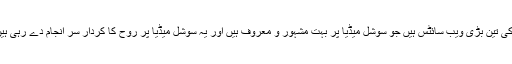
سماجی روابط کی تین بڑی ویب سائٹس ہیں جو سوشل میڈیا پر بہت مشہور و معروف ہیں اور یہ سوشل میڈیا پر روح کا کردار سر انجام دے رہی ہیں درج ذیل ہیں۔